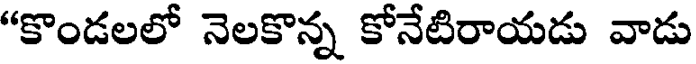
"కొండలలో నెలకొన్న కోనేటిరాయడు వాడు